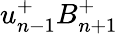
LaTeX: u_{n-1}^{+}B_{n+1}^{+}